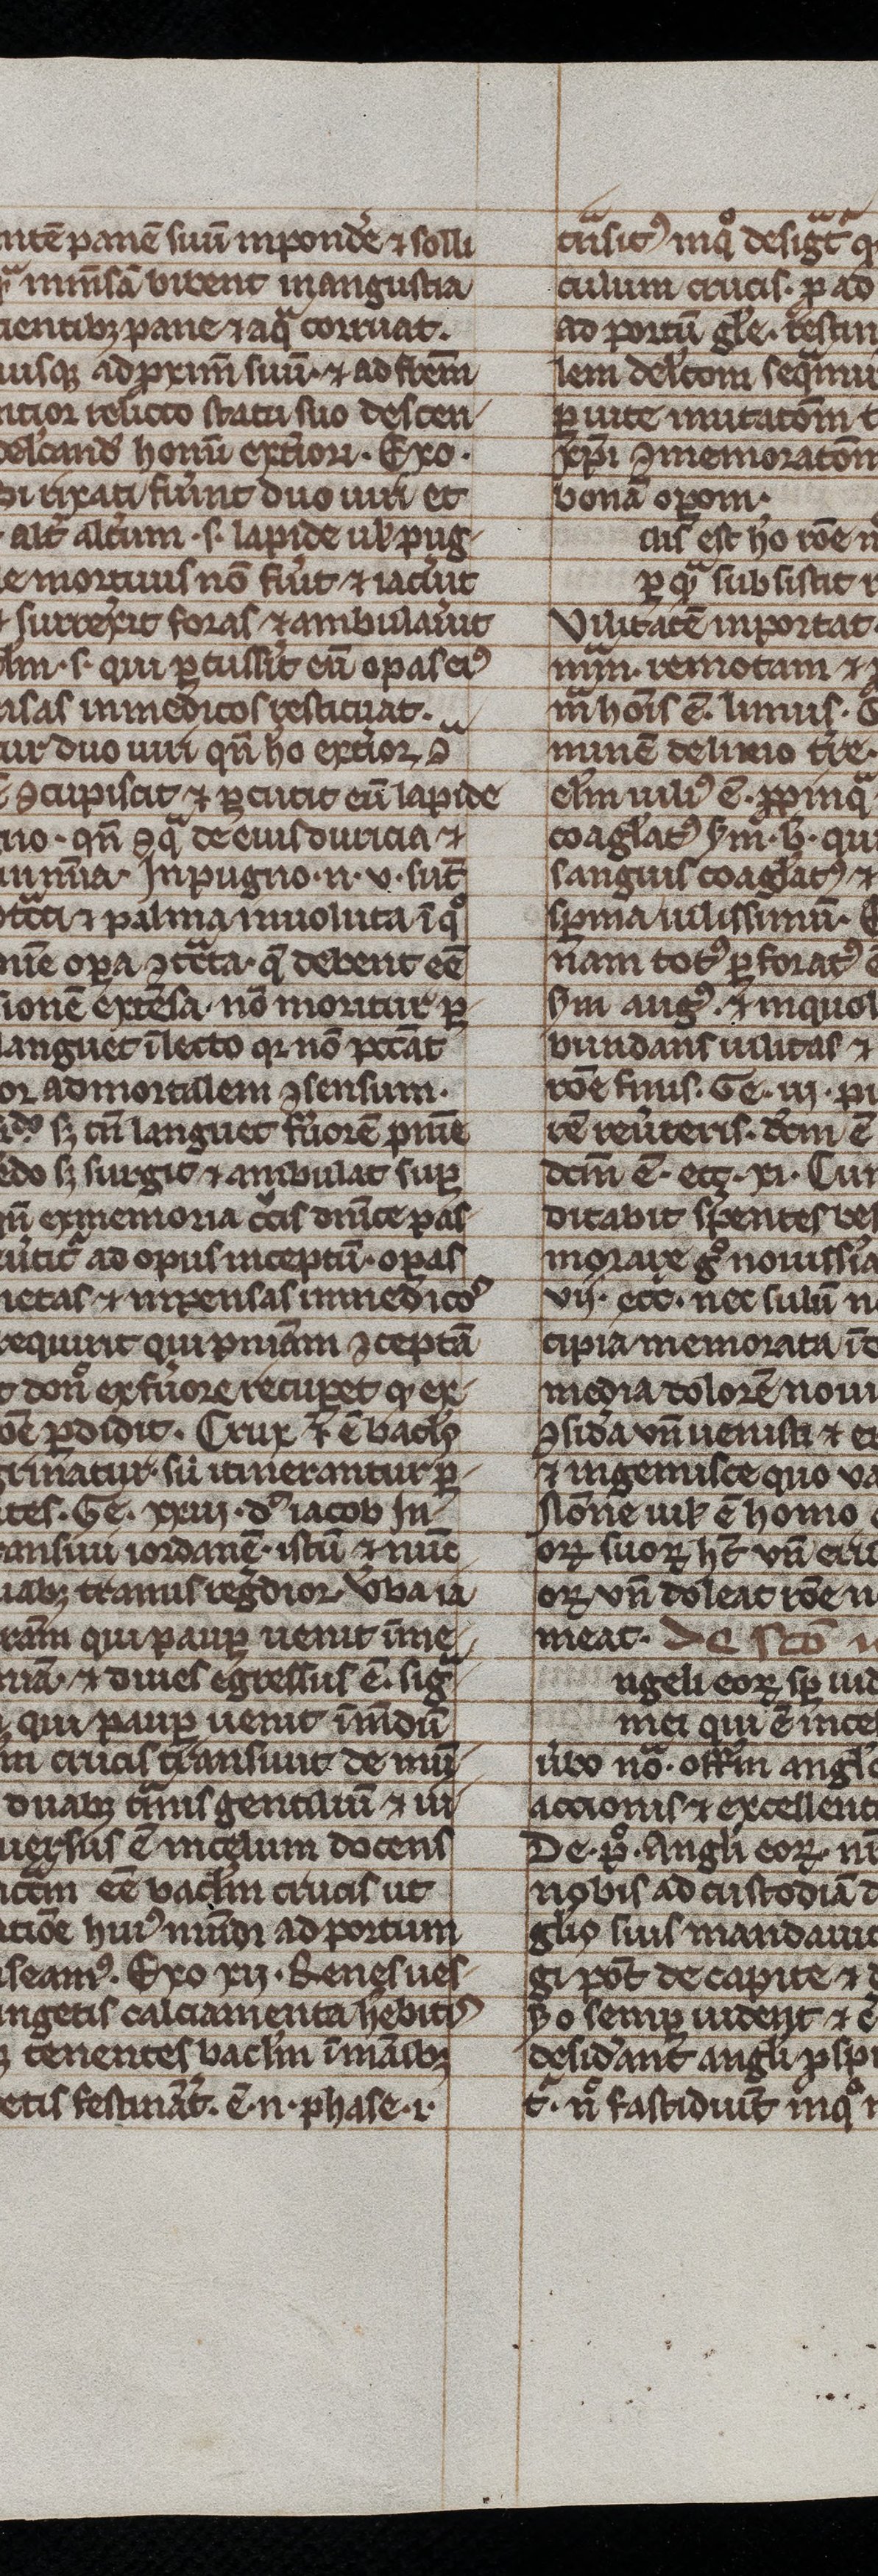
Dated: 1200–1299